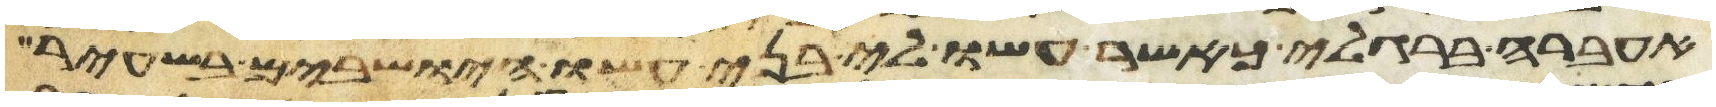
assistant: אעברה ברגלי כאשר עשו לי בני עשו הישבים בשעיר